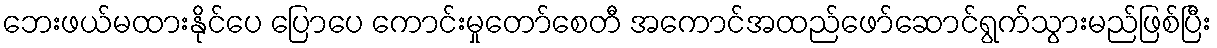
ဘေးဖယ်မထားနိုင်ပေ ပြောပေ ကောင်းမှုတော်စေတီ အကောင်အထည်ဖော်ဆောင်ရွက်သွားမည်ဖြစ်ပြီး